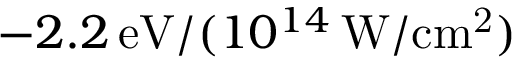
- 2 . 2 \, \mathrm { e V } / ( 1 0 ^ { 1 4 } \, \mathrm { W / c m ^ { 2 } } )